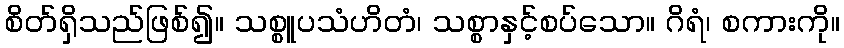
စိတ်ရှိသည်ဖြစ်၍။ သစ္စူပသံဟိတံ၊ သစ္စာနှင့်စပ်သော။ ဂိရံ၊ စကားကို။